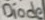
Text: Diode